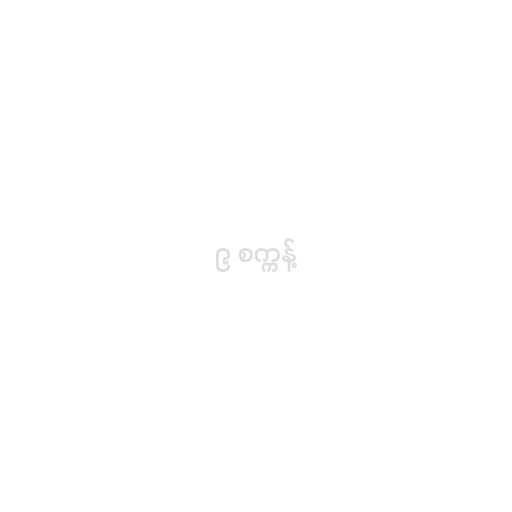
၉ စက္ကန့်